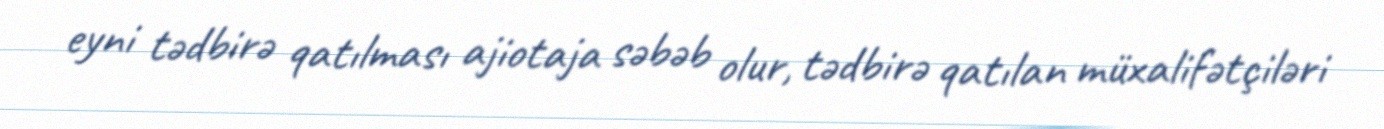
eyni tədbirə qatılması ajiotaja səbəb olur, tədbirə qatılan müxalifətçiləri